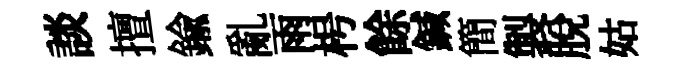
談擅鍮亂雨枵餘鍼簡製脱姑